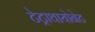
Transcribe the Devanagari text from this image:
टेट्राथायोनेट